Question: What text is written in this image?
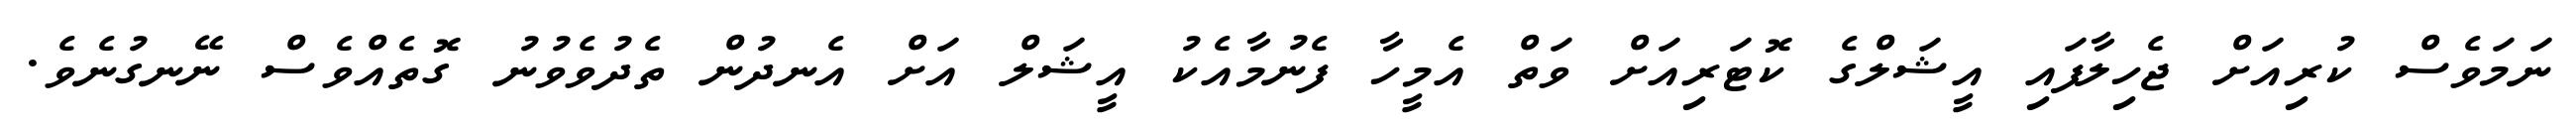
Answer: ނަމަވެސް ކުރިއަށް ޖެހިލާފައި އީޝަލްގެ ކޮޓަރިއަށް ވަތް އެމީހާ ފެނުމާއެކު އީޝަލް އަށް އެނދުން ތެދުވެވުނު ގޮތެއްވެސް ނޭނގުނެވެ.